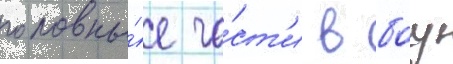
головны́е ча́ст'и в боу